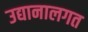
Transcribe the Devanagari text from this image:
उद्यानालगत